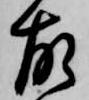
故